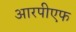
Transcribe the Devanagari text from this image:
आरपीएफ